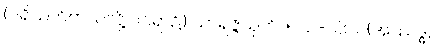
(ပရိသတ်တဲသလို့ ဝင်ရာ၌) သာရဇ္ဇသုတ်၊ ၅-ပါ-၁၆၁၊ (အဿဒ္ဓ,